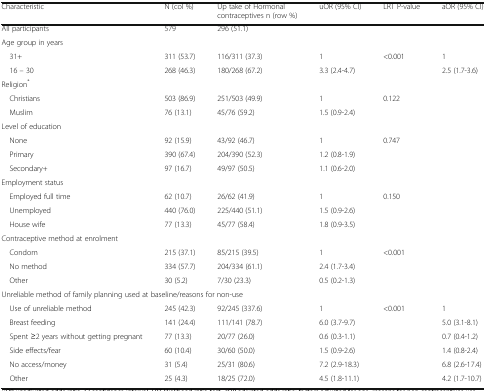
<table><thead><tr><td><b>Characteristic</b></td><td><b>N (col %)</b></td><td><b>Up take of Hormonal contraceptives n (row %)</b></td><td><b>uOR (95% CI)</b></td><td><b>LRT P-value</b></td><td><b>aOR (95% CI)</b></td></tr></thead><tbody><tr><td>All participants</td><td>579</td><td>296 (51.1)</td><td></td><td></td><td></td></tr><tr><td colspan="6">Age group in years</td></tr><tr><td> 31+</td><td>311 (53.7)</td><td>116/311 (37.3)</td><td>1</td><td rowspan="2">&lt;0.001</td><td>1</td></tr><tr><td> 16 – 30</td><td>268 (46.3)</td><td>180/268 (67.2)</td><td>3.3 (2.4-4.7)</td><td>2.5 (1.7-3.6)</td></tr><tr><td colspan="6">Religion<sup>*</sup></td></tr><tr><td> Christians</td><td>503 (86.9)</td><td>251/503 (49.9)</td><td>1</td><td rowspan="2">0.122</td><td></td></tr><tr><td> Muslim</td><td>76 (13.1)</td><td>45/76 (59.2)</td><td>1.5 (0.9-2.4)</td><td></td></tr><tr><td colspan="6">Level of education</td></tr><tr><td> None</td><td>92 (15.9)</td><td>43/92 (46.7)</td><td>1</td><td rowspan="3">0.747</td><td></td></tr><tr><td> Primary</td><td>390 (67.4)</td><td>204/390 (52.3)</td><td>1.2 (0.8-1.9)</td><td></td></tr><tr><td> Secondary+</td><td>97 (16.7)</td><td>49/97 (50.5)</td><td>1.1 (0.6-2.0)</td><td></td></tr><tr><td colspan="6">Employment status</td></tr><tr><td> Employed full time</td><td>62 (10.7)</td><td>26/62 (41.9)</td><td>1</td><td rowspan="3">0.150</td><td></td></tr><tr><td> Unemployed</td><td>440 (76.0)</td><td>225/440 (51.1)</td><td>1.5 (0.9-2.6)</td><td></td></tr><tr><td> House wife</td><td>77 (13.3)</td><td>45/77 (58.4)</td><td>1.8 (0.9-3.5)</td><td></td></tr><tr><td colspan="6">Contraceptive method at enrolment</td></tr><tr><td> Condom</td><td>215 (37.1)</td><td>85/215 (39.5)</td><td>1</td><td rowspan="3">&lt;0.001</td><td></td></tr><tr><td> No method</td><td>334 (57.7)</td><td>204/334 (61.1)</td><td>2.4 (1.7-3.4)</td><td></td></tr><tr><td> Other</td><td>30 (5.2)</td><td>7/30 (23.3)</td><td>0.5 (0.2-1.3)</td><td></td></tr><tr><td colspan="6">Unreliable method of family planning used at baseline/reasons for non-use</td></tr><tr><td> Use of unreliable method</td><td>245 (42.3)</td><td>92/245 (337.6)</td><td>1</td><td rowspan="2">&lt;0.001</td><td>1</td></tr><tr><td> Breast feeding</td><td>141 (24.4)</td><td>111/141 (78.7)</td><td>6.0 (3.7-9.7)</td><td>5.0 (3.1-8.1)</td></tr><tr><td> Spent ≥2 years without getting pregnant</td><td>77 (13.3)</td><td>20/77 (26.0)</td><td>0.6 (0.3-1.1)</td><td></td><td>0.7 (0.4-1.2)</td></tr><tr><td> Side effects/fear</td><td>60 (10.4)</td><td>30/60 (50.0)</td><td>1.5 (0.9-2.6)</td><td></td><td>1.4 (0.8-2.4)</td></tr><tr><td> No access/money</td><td>31 (5.4)</td><td>25/31 (80.6)</td><td>7.2 (2.9-18.3)</td><td></td><td>6.8 (2.6-17.4)</td></tr><tr><td> Other</td><td>25 (4.3)</td><td>18/25 (72.0)</td><td>4.5 (1.8-11.1)</td><td></td><td>4.2 (1.7-10.7)</td></tr></tbody></table>